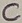
Text: C